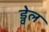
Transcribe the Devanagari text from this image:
ड्वेल